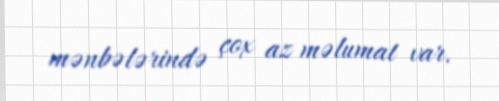
mənbələrində çox az məlumat var.